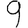
Digit: 9